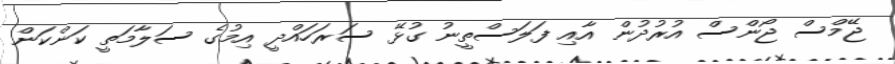
ޖޭމްސް ޖޯންސް އުރުދުން އާއި ފަލަސްތީނު ގުޅޭ ސަރަހައްދީ އިމުގެ ސަލާމަތީ ކަންކަން